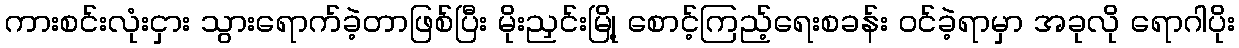
ကားစင်းလုံးငှား သွားရောက်ခဲ့တာဖြစ်ပြီး မိုးညှင်းမြို့ စောင့်ကြည့်ရေးစခန်း ဝင်ခဲ့ရာမှာ အခုလို ရောဂါပိုး